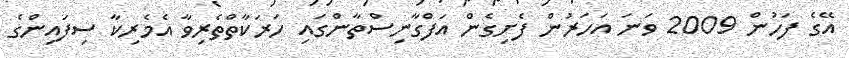
އޭގެ ފަހުން 2009 ވަނަ އަހަރުން ފެށިގެން އަފްގާނިސްތާންގައި ހަރަކާތްތެރިވާ އެމެރިކާ ސިފައިންގެ